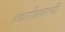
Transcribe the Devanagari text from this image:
तक्रारीप्रकरणी